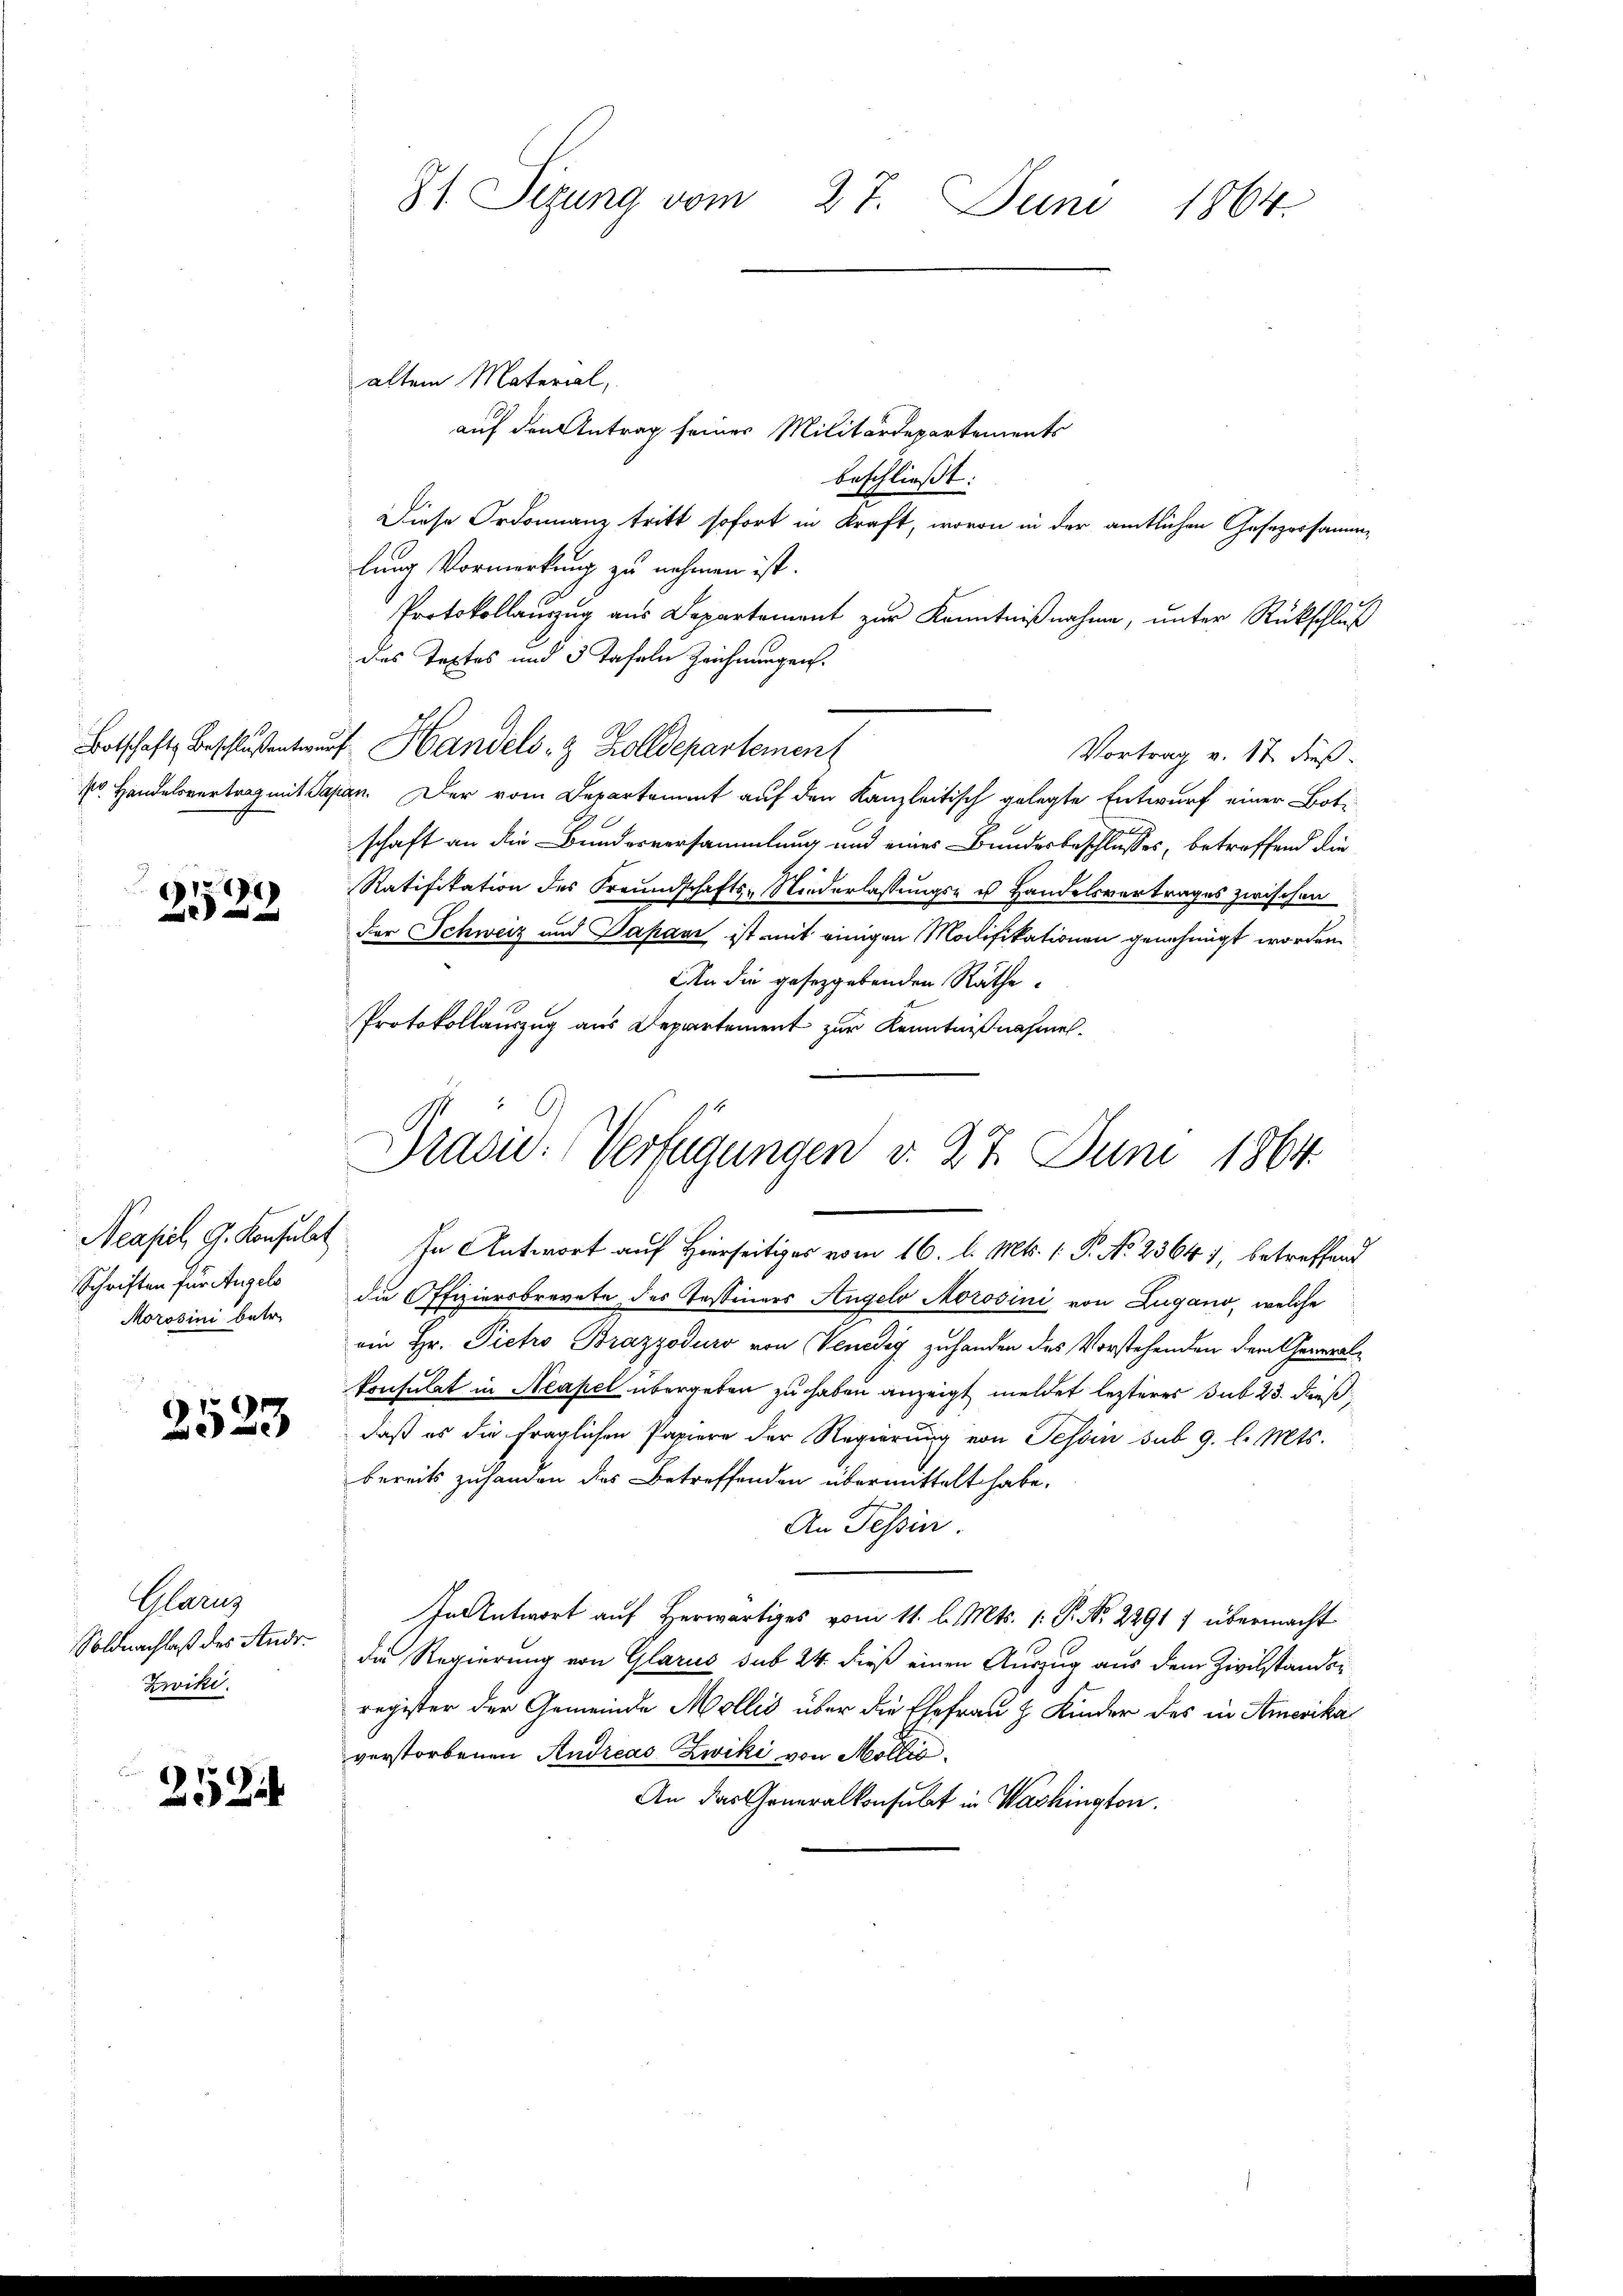
1191)

Schriften für Angels
Morosini betr.

2523

Glarus
Soldnachlaß des Andr.
Zwiki.

252

81. Sitzung vom 27. Juni 1864.

altem Material,

Präsid. Verfügungen v. 27. Juni 1864

auf den Antrag seines Militärdepartements
beschließt:
Diese Ordonnanz tritt sofort in Kraft, wovon in der amtlichen Gesezessammlung Vormerkung zu nehmen ist.
Protokollauszug aus Departement zur Kenntnißnahme, unter Rückschluß
des Textes und 3 Tafeln Zeichnungen.
Botschaft Beschlußentwurf Handels- & Zolldepartement
Vortrag v. 17 dieß¬
1 Handelsvertrag mit Papan. Der vom Departement auf den Kanzleitisch gelegte Entwurf einer Botischaft an die Bunderversammlung und eines Bundesbeschlusses, betreffend die
Ratifikation des Freundschafts-Niederlassungs- u Handelsvertrages zwischen
Der Schweiz und Japani ist mit einigen Modifikationen genehmigt worden.
An die gesetzgebenden Räthe
Protokollauszug aus Departement zur Kenntnißnahmen.

Neapel, G. Konsulat In Antwort auf Hierseitiges vom 16. d. Mts. 1. P. No. 23641, betreffend
die Offiziersbrevete des Tessiners Angelo Morošini von Zugano, welche
ein Hr. Pieto Brazzoduro von Venedig zu handen des Vorstehenden dem Generalkonsulat in Neapel übergeben zu haben anzeigt meldet lezteres sub 23. dießdaß es die fraglichen Papiere der Regierung von Tessin sub 9. l. Mts.
bereits zuhanden dies Betreffenden übermittelt habe.
An Tessin.
In Antwort auf Herwärtiges vom 11. l. Mts. 1. P. Nr. 22917 übermacht
die Regierung von Glarus sub 24. dieß einen Auszug aus dem Zivilstandsregister der Gemeinde Mollis über die Ehefrau H. Kinder des in Amerika
verstorbenen Andreas Zwiki von Mollis.
An das Generalkonsulat in Washington.